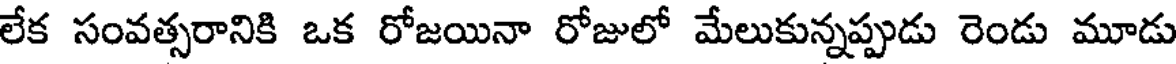
లేక సంవత్సరానికి ఒక రోజయినా రోజులో మేలుకున్నప్పుడు రెండు మూడు